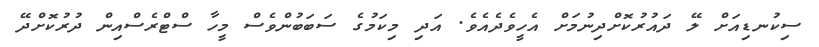
ސިކުނޑިއަށް ލޭ ދައުރުކޮށްދިނުމަށް އެހީވެދެއެެވެ. އަދި މިކަމުގެ ސަބަބުންވެސް މީހާ ސްޓްރެސްއިން ދުރުކޮށްދޭ